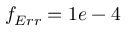
f _ { E r r } = 1 e - 4